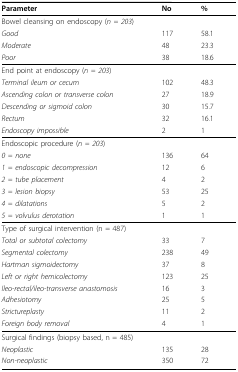
<table><thead><tr><td><b>Parameter</b></td><td><b>No</b></td><td><b>%</b></td></tr></thead><tbody><tr><td>Bowel cleansing on endoscopy (<i>n = 203</i>)</td><td></td><td></td></tr><tr><td><i>Good</i></td><td>117</td><td>58.1</td></tr><tr><td><i>Moderate</i></td><td>48</td><td>23.3</td></tr><tr><td><i>Poor</i></td><td>38</td><td>18.6</td></tr><tr><td>End point at endoscopy (<i>n = 203</i>)</td><td></td><td></td></tr><tr><td><i>Terminal ileum or cecum</i></td><td>102</td><td>48.3</td></tr><tr><td><i>Ascending colon or transverse colon</i></td><td>27</td><td>18.9</td></tr><tr><td><i>Descending or sigmoid colon</i></td><td>30</td><td>15.7</td></tr><tr><td><i>Rectum</i></td><td>32</td><td>16.1</td></tr><tr><td><i>Endoscopy impossible</i></td><td>2</td><td>1</td></tr><tr><td>Endoscopic procedure (<i>n = 203</i>)</td><td></td><td></td></tr><tr><td><i>0 = none</i></td><td>136</td><td>64</td></tr><tr><td><i>1 = endoscopic decompression</i></td><td>12</td><td>6</td></tr><tr><td><i>2 = tube placement</i></td><td>4</td><td>2</td></tr><tr><td><i>3 = lesion biopsy</i></td><td>53</td><td>25</td></tr><tr><td><i>4 = dilatations</i></td><td>5</td><td>2</td></tr><tr><td><i>5 = volvulus derotation</i></td><td>1</td><td>1</td></tr><tr><td>Type of surgical intervention (n = 487)</td><td></td><td></td></tr><tr><td><i>Total or subtotal colectomy</i></td><td>33</td><td>7</td></tr><tr><td><i>Segmental colectomy</i></td><td>238</td><td>49</td></tr><tr><td><i>Hartman sigmoidectomy</i></td><td>37</td><td>8</td></tr><tr><td><i>Left or right hemicolectomy</i></td><td>123</td><td>25</td></tr><tr><td><i>Ileo-rectal/ileo-transverse anastomosis</i></td><td>16</td><td>3</td></tr><tr><td><i>Adhesiotomy</i></td><td>25</td><td>5</td></tr><tr><td><i>Strictureplasty</i></td><td>11</td><td>2</td></tr><tr><td><i>Foreign body removal</i></td><td>4</td><td>1</td></tr><tr><td>Surgical findings (biopsy based, n = 485)</td><td></td><td></td></tr><tr><td><i>Neoplastic</i></td><td>135</td><td>28</td></tr><tr><td><i>Non-neoplastic</i></td><td>350</td><td>72</td></tr></tbody></table>